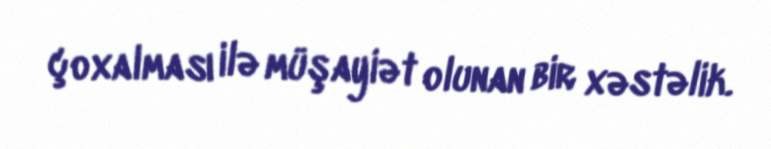
çoxalması ilə müşayiət olunan bir xəstəlik.